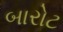
બારોટ